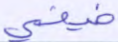
ضيفي